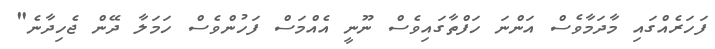
ފަހަރެއްގައި މާދަމާވެސް އަންނަ ހަފްތާގައިވެސް ނޫނީ އެއްމަސް ފަހުންވެސް ހަމަލާ ދޭން ޖެހިދާނެ"